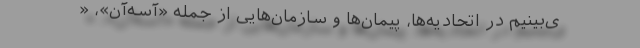
ی‌بینیم در اتحادیه‌ها، پیمان‌ها و سازمان‌هایی از جمله «آسه‌آن»، «